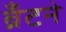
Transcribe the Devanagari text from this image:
ब्रँटने